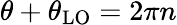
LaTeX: \theta+\theta_{\mathrm{LO}}=2\pi n